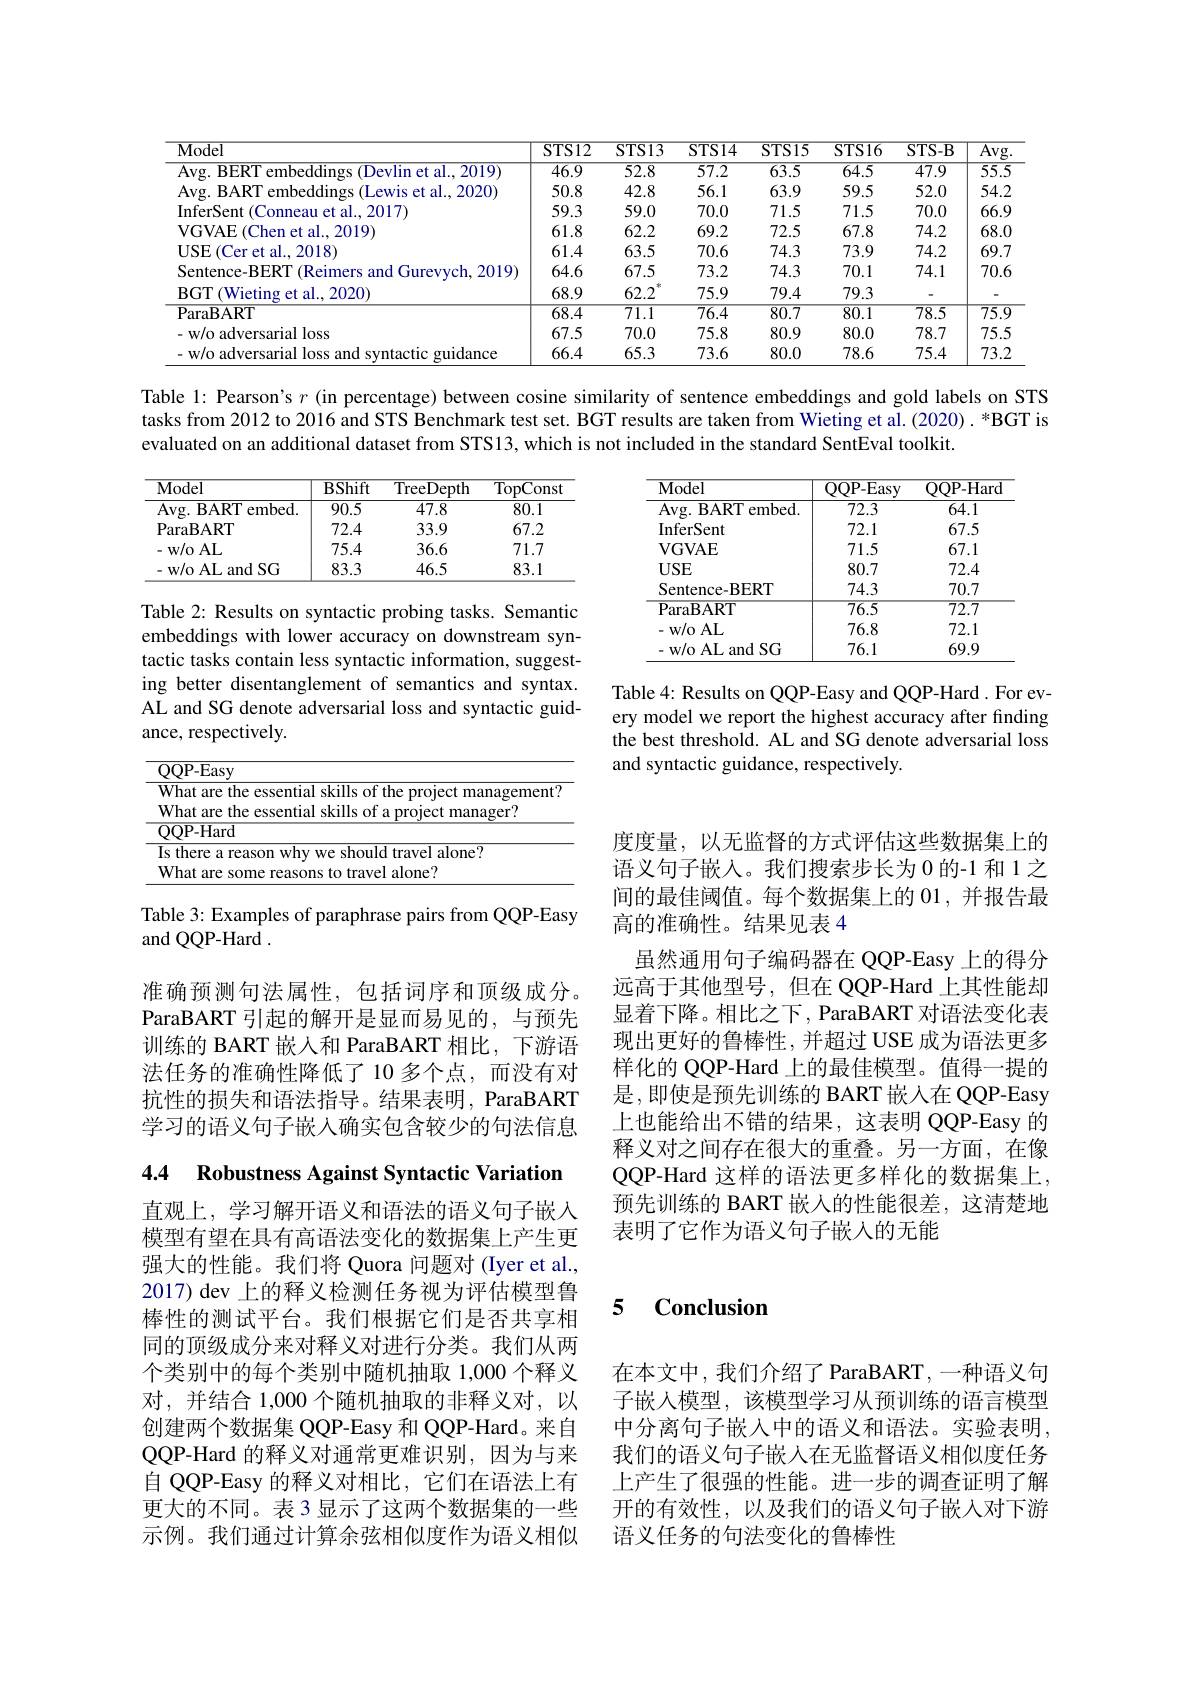
<table>
	<tbody>
		<tr>
			<th>Model</th>
			<th>STS12</th>
			<th>$\overline{{\mathrm{STS13}}}$</th>
			<th>STS14</th>
			<th>$\overline{\mathrm{STS15}}$</th>
			<th>$\overline{\mathrm{STS16}}$</th>
			<th>$\overline{{\mathrm{STS-B}}}$</th>
			<th>$\overline{\mathrm{Avg}}$</th>
		</tr>
		<tr>
			<td>Al 2019</td>
			<td>46.9</td>
			<td>52.8</td>
			<td>$\overline{57.2}$</td>
			<td>$\overline{63.5}$</td>
			<td>$\overline{64.5}$</td>
			<td>$\overline{47.9}$</td>
			<td>55.5</td>
		</tr>
		<tr>
			<td>$\mathbf{R}A\mathbf{R}|$ al.2020</td>
			<td>50.8</td>
			<td>42.8</td>
			<td>56.1</td>
			<td>63.9</td>
			<td>59.5</td>
			<td>52.0</td>
			<td>54.2</td>
		</tr>
		<tr>
			<td>nferSent et al.,2017)</td>
			<td>59.3</td>
			<td>59.0</td>
			<td>70.0</td>
			<td>71.5</td>
			<td>71.5</td>
			<td>70.0</td>
			<td>66.9</td>
		</tr>
		<tr>
			<td>al.2019) $l(iVAH$</td>
			<td>61.8</td>
			<td>62.2</td>
			<td>69.2</td>
			<td>72.5</td>
			<td>67.8</td>
			<td>74.2</td>
			<td>68.0</td>
		</tr>
		<tr>
			<td>er et al., 2018) INH</td>
			<td>61.4</td>
			<td>63.5</td>
			<td>70.6</td>
			<td>74.3</td>
			<td>73.9</td>
			<td>74.2</td>
			<td>69.7</td>
		</tr>
		<tr>
			<td>2019 sentence $-RERT$</td>
			<td>64.6</td>
			<td>67.5</td>
			<td>73.2</td>
			<td>74.3</td>
			<td>70.1</td>
			<td>74.1</td>
			<td>70.6</td>
		</tr>
		<tr>
			<td>et al..2020)</td>
			<td>68.9</td>
			<td>年 62.2</td>
			<td>75.9</td>
			<td>79.4</td>
			<td>79.3</td>
			<td> </td>
			<td>P</td>
		</tr>
		<tr>
			<td>$\overline{{\mathrm{ParaBART}}}$</td>
			<td>$\overline{68.4}$</td>
			<td>$\overline{71.1}$</td>
			<td>$\overline{76.4}$</td>
			<td>$\overline{80.7}$</td>
			<td>$\overline{80.1}$</td>
			<td>$\overline{78.5}$</td>
			<td>75.9</td>
		</tr>
		<tr>
			<td>lloss</td>
			<td>67.5</td>
			<td>70.0</td>
			<td>75.8</td>
			<td>80.9</td>
			<td>80.0</td>
			<td>78.7</td>
			<td>75.5</td>
		</tr>
		<tr>
			<td>$111damce$</td>
			<td>66.4</td>
			<td>65.3</td>
			<td>73.6</td>
			<td>80.0</td>
			<td>78.6</td>
			<td>75.4</td>
			<td>73.2</td>
		</tr>
	</tbody>
</table>

Table l: Pearson's $r$ (in percentage) between cosine similarity of sentence embeddings and gold labels on STS tasks from 2012 to 2016 and STS Benchmark test set. BGT results are taken from Wieting et al.(2020). *BGT is evaluated on an additional dataset from STS13, which is not included in the standard SentEval toolkit.

<table>
	<tbody>
		<tr>
			<th>Model</th>
			<th>$\overline{{\mathbf{BShift}}}$</th>
			<th>TreeDepth</th>
			<th>$\overline{\mathrm{TopConst}}$</th>
		</tr>
		<tr>
			<td>Avg. BART embed.</td>
			<td>90.5</td>
			<td>47.8</td>
			<td>80.1</td>
		</tr>
		<tr>
			<td>ParaBART</td>
			<td>72.4</td>
			<td>33.9</td>
			<td>67.2</td>
		</tr>
		<tr>
			<td>$\textbf{w/ o AL}$</td>
			<td>75.4</td>
			<td>36.6</td>
			<td>71.7</td>
		</tr>
		<tr>
			<td>-w/o AL and SG</td>
			<td>83.3</td>
			<td>46.5</td>
			<td>83.1</td>
		</tr>
	</tbody>
</table>

<table>
	<tbody>
		<tr>
			<th>$\mathbf{Model}$</th>
			<th>$\overline{{QQP-Easy}}$</th>
			<th>OOP- Ha $ar\dot{c}$</th>
		</tr>
		<tr>
			<td>Avg. BART embed. </td>
			<td>72.3</td>
			<td>64.1</td>
		</tr>
		<tr>
			<td>InferSent</td>
			<td>72.1</td>
			<td>67.5</td>
		</tr>
		<tr>
			<td>$\mathbf{VGVAE}$</td>
			<td>71.5</td>
			<td>67.1</td>
		</tr>
		<tr>
			<td>$USE$</td>
			<td>80.7</td>
			<td>72.4</td>
		</tr>
		<tr>
			<td>Sentence-BERT</td>
			<td>74.3</td>
			<td>70.7</td>
		</tr>
		<tr>
			<td>$\mathbf{ParaBART}$</td>
			<td>$\overline{76.5}$</td>
			<td>$\overline{72.7}$</td>
		</tr>
		<tr>
			<td>$w/0$AL</td>
			<td>76.8</td>
			<td>72.1</td>
		</tr>
		<tr>
			<td>- w/o AL and SG</td>
			<td>76.1</td>
			<td>69.9</td>
		</tr>
	</tbody>
</table>

Table 2: Results on syntactic probing tasks. Semantic embeddings with lower accuracy on downstream syntactic tasks contain less syntactic information, suggesting better disentanglement of semantics and syntax. AL and SG denote adversarial loss and syntactic guidance, respectively.

Table 4: Results on QQP-Easy and QQP-Hard. For every model we report the highest accuracy after finding the best threshold. AL and SG denote adversarial loss and syntactic guidance, respectively.

<table>
	<tbody>
		<tr>
			<td> </td>
			<td>$.Easy$</td>
		</tr>
		<tr>
			<td> </td>
			<td> </td>
		</tr>
		<tr>
			<td> </td>
			<td> </td>
		</tr>
		<tr>
			<td> </td>
			<td>Hard</td>
		</tr>
		<tr>
			<td> </td>
			<td>lone'</td>
		</tr>
		<tr>
			<td> </td>
			<td>alone? are som</td>
		</tr>
	</tbody>
</table>

Table 3: Examples of paraphrase pairs from QQP-Easy
and QQP-Hard .

度度量，以无监督的方式评估这些数据集上的语义句子嵌人。我们搜索步长为0的-1 和 1 之间的最佳阈值。每个数据集上的 01,并报告最高的准确性。结果见表 4
虽然通用句子编码器在 QQP-Easy 上的得分远高于其他型号，但在 QQP-Hard 上其性能却显着下降。相比之下，ParaBART 对语法变化表现出更好的鲁棒性，并超过 USE 成为语法更多样化的 QQP-Hard 上的最佳模型。值得一提的是，即使是预先训练的 BART 嵌入在 QQP-Easy 上也能给出不错的结果，这表明 QQP-Easy 的释义对之间存在很大的重叠。另一方面，在像QQP-Hard 这样的语法更多样化的数据集上， 预先训练的 BART 嵌入的性能很差，这清楚地表明了它作为语义句子嵌入的无能

准确预测句法属性，包括词序和顶级成分。ParaBART 引起的解开是显而易见的，与预先训练的 BART 嵌人和 ParaBART 相比，下游语法任务的准确性降低了10 多个点，而没有对抗性的损失和语法指导。结果表明，ParaBART 学习的语义句子嵌入确实包含较少的句法信息

4.4 Robustness Against Syntactic Variation

### 5 $\textbf{Conclusion}$

直观上，学习解开语义和语法的语义句子嵌入模型有望在具有高语法变化的数据集上产生更强大的性能。我们将 Quora 问题对 (Iyer et al., 2017) dev 上的释义检测任务视为评估模型鲁棒性的测试平台。我们根据它们是否共享相同的顶级成分来对释义对进行分类。我们从两个类别中的每个类别中随机抽取 1,000 个释义对，并结合 1,000 个随机抽取的非释义对，以创建两个数据集 QQP-Easy 和 QQP-Hard。来自QQP-Hard 的释义对通常更难识别，因为与来自 QQP-Easy 的释义对相比，它们在语法上有更大的不同。表 3 显示了这两个数据集的一些示例。我们通过计算余弦相似度作为语义相似

在本文中，我们介绍了 ParaBART,一种语义句子嵌入模型，该模型学习从预训练的语言模型中分离句子嵌人中的语义和语法。实验表明， 我们的语义句子嵌人在无监督语义相似度任务上产生了很强的性能。进一步的调查证明了解开的有效性，以及我们的语义句子嵌入对下游语义任务的句法变化的鲁棒性